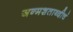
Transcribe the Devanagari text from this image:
जन्मशताब्दीचं